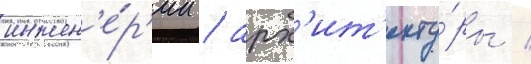
инжен'е́р'ии / арх'ит'екту́ры /